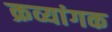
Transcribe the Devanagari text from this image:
क्रव्यांगक